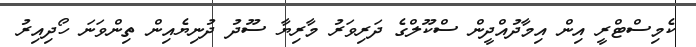
ކެމިސްޓްރީ އިން އިމާދުއްދީން ސްކޫލްގެ ދަރިވަރު މާރިޔާ ސޫދު ދުނިޔެއިން ތިންވަނަ ހޯދިއިރު